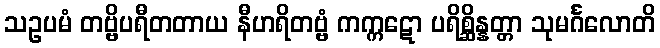
သဥပမံ တဗ္ဗိပရီတတာယ နီဟရိတဗ္ဗံ ကက္ကဋော ပရိစ္ဆိန္နတ္တာ သုမင်္ဂလောတိ